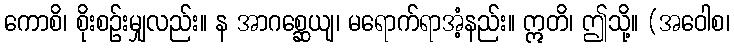
ကောစိ၊ စိုးစဉ်းမျှလည်း။ န အာဂစ္ဆေယျ၊ မရောက်ရာအံ့နည်း။ ဣတိ၊ ဤသို့။ (အဝေါစ၊